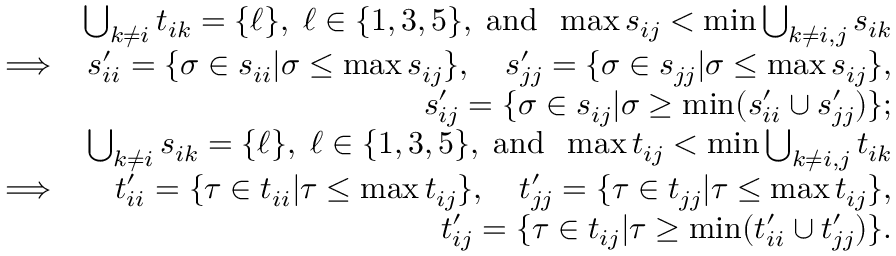
\begin{array} { r l r } & { } & { \bigcup _ { k \neq i } t _ { i k } = \{ \ell \} , \; \ell \in \{ 1 , 3 , 5 \} , \; \mathrm { a n d } \; \; \operatorname* { m a x } s _ { i j } < \operatorname* { m i n } \bigcup _ { k \neq i , j } s _ { i k } } \\ & { \Longrightarrow } & { s _ { i i } ^ { \prime } = \{ \sigma \in s _ { i i } | \sigma \le \operatorname* { m a x } s _ { i j } \} , \quad s _ { j j } ^ { \prime } = \{ \sigma \in s _ { j j } | \sigma \le \operatorname* { m a x } s _ { i j } \} , } \\ & { } & { s _ { i j } ^ { \prime } = \{ \sigma \in s _ { i j } | \sigma \ge \operatorname* { m i n } ( s _ { i i } ^ { \prime } \cup s _ { j j } ^ { \prime } ) \} ; } \\ & { } & { \bigcup _ { k \neq i } s _ { i k } = \{ \ell \} , \; \ell \in \{ 1 , 3 , 5 \} , \; \mathrm { a n d } \; \; \operatorname* { m a x } t _ { i j } < \operatorname* { m i n } \bigcup _ { k \neq i , j } t _ { i k } } \\ & { \Longrightarrow } & { t _ { i i } ^ { \prime } = \{ \tau \in t _ { i i } | \tau \le \operatorname* { m a x } t _ { i j } \} , \quad t _ { j j } ^ { \prime } = \{ \tau \in t _ { j j } | \tau \le \operatorname* { m a x } t _ { i j } \} , } \\ & { } & { t _ { i j } ^ { \prime } = \{ \tau \in t _ { i j } | \tau \ge \operatorname* { m i n } ( t _ { i i } ^ { \prime } \cup t _ { j j } ^ { \prime } ) \} . } \end{array}